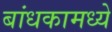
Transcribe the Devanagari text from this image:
बांधकामध्ये